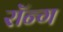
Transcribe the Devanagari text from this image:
रॉन्ग